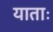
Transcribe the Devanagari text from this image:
याताः